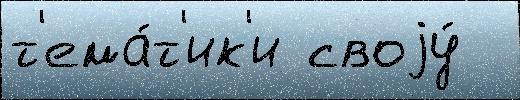
т'ема́т'ик'и своjу́